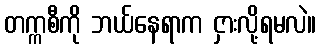
တက္ကစီကို ဘယ်နေရာက ငှားလို့ရမလဲ။